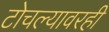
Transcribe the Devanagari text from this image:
टोचल्यावरही